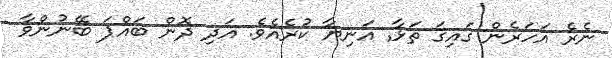
ނެރެ އަހަރެން ގައިގަ ތަޅާ